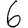
Digit: 6